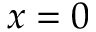
x = 0